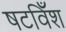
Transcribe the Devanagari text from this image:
षटविँश